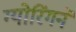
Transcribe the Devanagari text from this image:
ग्योरिंगने